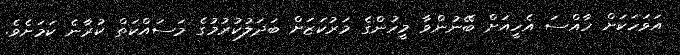
އަވަހަކަށް ހާއްސަ އެހީއަށް ބޭނުންވާ މީހުންގެ މަރުކަޒަށް ބަދަލުކުރުމުގެ މަސައްކަތް ކުރާނެ ކަމަށެވެ.